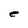
Character: e